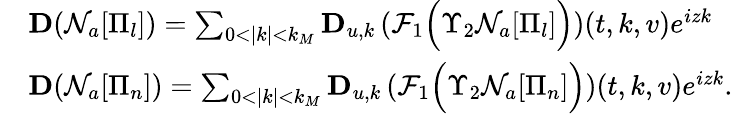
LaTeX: \begin{array}{rl}&{\mathbf{D}(\mathcal{N}_{a}[\Pi_{l}])=\sum_{0<|k|<k_{M}}\mathbf{D}_{u,k}\left(\mathcal{F}_{1}\Big(\Upsilon_{2}\mathcal{N}_{a}[\Pi_{l}]\Big)\right)(t,k,v)e^{izk}}\\ &{\mathbf{D}(\mathcal{N}_{a}[\Pi_{n}])=\sum_{0<|k|<k_{M}}\mathbf{D}_{u,k}\left(\mathcal{F}_{1}\Big(\Upsilon_{2}\mathcal{N}_{a}[\Pi_{n}]\Big)\right)(t,k,v)e^{izk}.}\end{array}